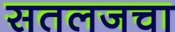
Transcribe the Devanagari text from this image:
सतलजचा